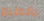
بالطبع